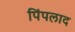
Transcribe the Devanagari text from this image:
पिंपलाद